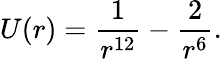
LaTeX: U(r)=\frac 1{r^{12}}-\frac 2{r^{6}}.